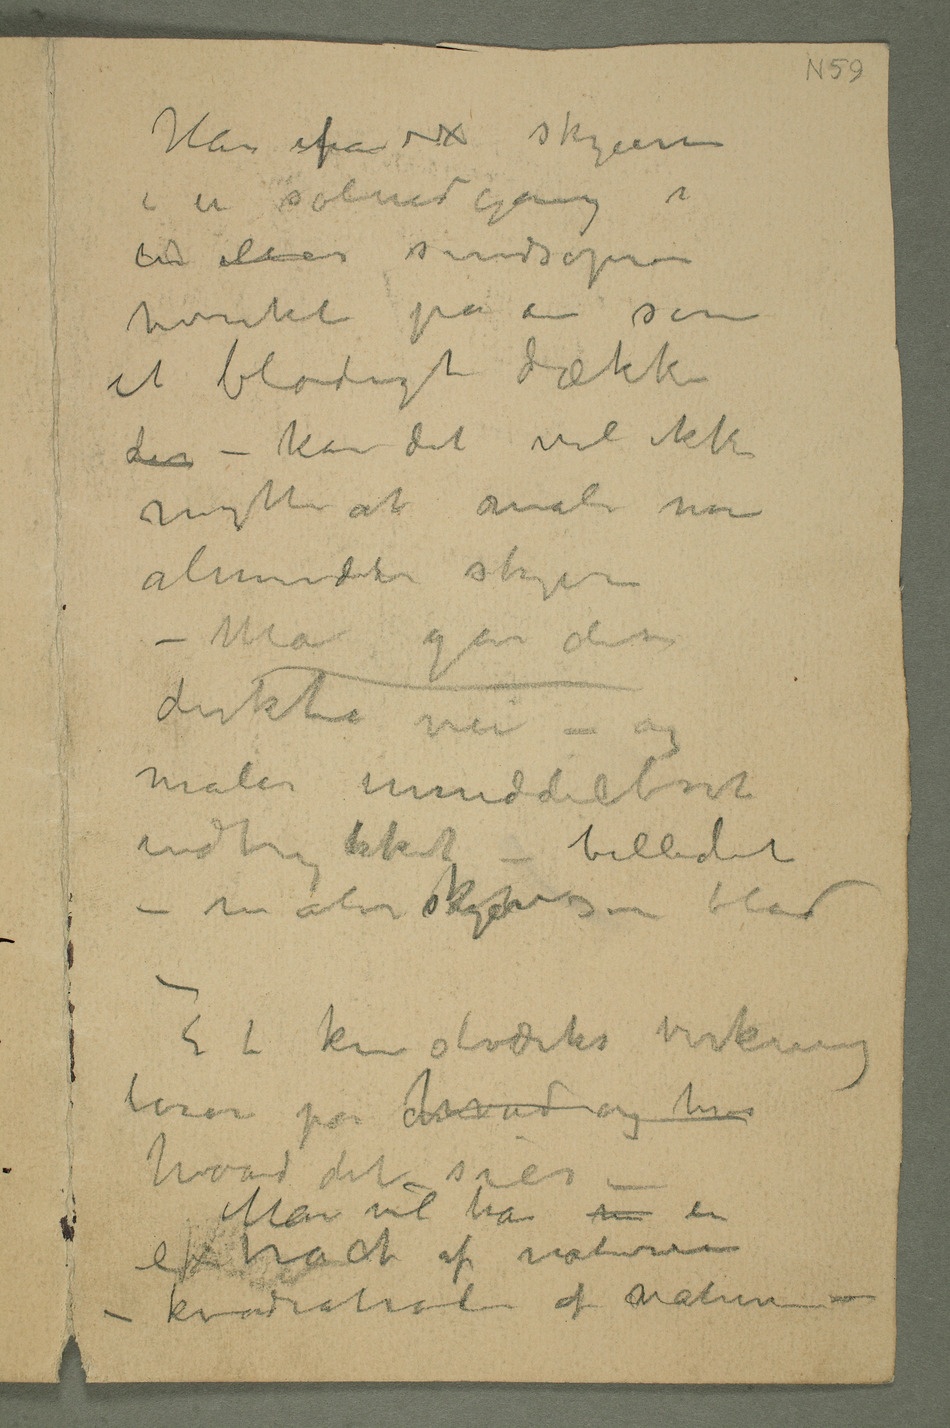
Har  fra skyerne
i en solnedgang i
en eller sindsoprør
hvirket på en som
et blodigt dække
der – kan det vel ikke
nytte at male mer
almindelie skyer –
– Man går den
direkte vei – og
maler umiddelbart
indtrykket – billedet
– maler skyernes blod
– Et kunstværks virkning
beror på hvad og hvor
hvad det sier –
Man vil ha n en
extract af naturen
– kvadratroten af naturen –